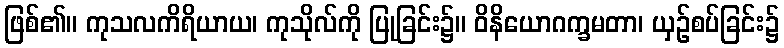
ဖြစ်၏။ ကုသလကိရိယာယ၊ ကုသိုလ်ကို ပြုခြင်း၌။ ဝိနိယောဂက္ခမတာ၊ ယှဉ်စပ်ခြင်း၌